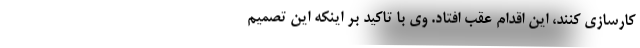
کارسازی کنند، این اقدام عقب افتاد. وی با تاکید بر اینکه این تصمیم